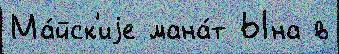
Ма́йск'иjе мана́т Ына в